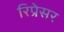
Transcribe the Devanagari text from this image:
रिप्रेसर